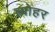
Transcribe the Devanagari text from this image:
ब्योहर